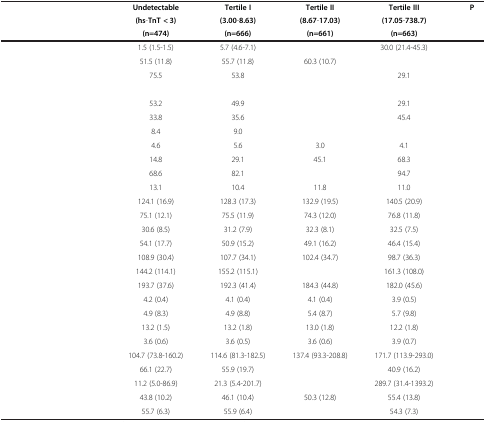
<table><thead><tr><td>[EMPTY_CELL]</td><td><b>Undetectable</b></td><td><b>Tertile I</b></td><td><b>Tertile II</b></td><td><b>Tertile III</b></td><td><b>P</b></td></tr><tr><td>[EMPTY_CELL]</td><td><b>(hs-TnT &lt; 3)</b></td><td><b>(3.00-8.63)</b></td><td><b>(8.67-17.03)</b></td><td><b>(17.05-738.7)</b></td><td>[EMPTY_CELL]</td></tr><tr><td>[EMPTY_CELL]</td><td><b>(n=474)</b></td><td><b>(n=666)</b></td><td><b>(n=661)</b></td><td><b>(n=663)</b></td><td>[EMPTY_CELL]</td></tr></thead><tbody><tr><td>[EMPTY_CELL]</td><td>1.5 (1.5-1.5)</td><td>5.7 (4.6-7.1)</td><td>[EMPTY_CELL]</td><td>30.0 (21.4-45.3)</td><td>[EMPTY_CELL]</td></tr><tr><td>[EMPTY_CELL]</td><td>51.5 (11.8)</td><td>55.7 (11.8)</td><td>60.3 (10.7)</td><td>[EMPTY_CELL]</td><td>[EMPTY_CELL]</td></tr><tr><td>[EMPTY_CELL]</td><td>75.5</td><td>53.8</td><td>[EMPTY_CELL]</td><td>29.1</td><td>[EMPTY_CELL]</td></tr><tr><td>[EMPTY_CELL]</td><td>[EMPTY_CELL]</td><td>[EMPTY_CELL]</td><td>[EMPTY_CELL]</td><td>[EMPTY_CELL]</td><td>[EMPTY_CELL]</td></tr><tr><td>[EMPTY_CELL]</td><td>53.2</td><td>49.9</td><td>[EMPTY_CELL]</td><td>29.1</td><td>[EMPTY_CELL]</td></tr><tr><td>[EMPTY_CELL]</td><td>33.8</td><td>35.6</td><td>[EMPTY_CELL]</td><td>45.4</td><td>[EMPTY_CELL]</td></tr><tr><td>[EMPTY_CELL]</td><td>8.4</td><td>9.0</td><td>[EMPTY_CELL]</td><td>[EMPTY_CELL]</td><td>[EMPTY_CELL]</td></tr><tr><td>[EMPTY_CELL]</td><td>4.6</td><td>5.6</td><td>3.0</td><td>4.1</td><td>[EMPTY_CELL]</td></tr><tr><td>[EMPTY_CELL]</td><td>14.8</td><td>29.1</td><td>45.1</td><td>68.3</td><td>[EMPTY_CELL]</td></tr><tr><td>[EMPTY_CELL]</td><td>68.6</td><td>82.1</td><td>[EMPTY_CELL]</td><td>94.7</td><td>[EMPTY_CELL]</td></tr><tr><td>[EMPTY_CELL]</td><td>13.1</td><td>10.4</td><td>11.8</td><td>11.0</td><td>[EMPTY_CELL]</td></tr><tr><td>[EMPTY_CELL]</td><td>124.1 (16.9)</td><td>128.3 (17.3)</td><td>132.9 (19.5)</td><td>140.5 (20.9)</td><td>[EMPTY_CELL]</td></tr><tr><td>[EMPTY_CELL]</td><td>75.1 (12.1)</td><td>75.5 (11.9)</td><td>74.3 (12.0)</td><td>76.8 (11.8)</td><td>[EMPTY_CELL]</td></tr><tr><td>[EMPTY_CELL]</td><td>30.6 (8.5)</td><td>31.2 (7.9)</td><td>32.3 (8.1)</td><td>32.5 (7.5)</td><td>[EMPTY_CELL]</td></tr><tr><td>[EMPTY_CELL]</td><td>54.1 (17.7)</td><td>50.9 (15.2)</td><td>49.1 (16.2)</td><td>46.4 (15.4)</td><td>[EMPTY_CELL]</td></tr><tr><td>[EMPTY_CELL]</td><td>108.9 (30.4)</td><td>107.7 (34.1)</td><td>102.4 (34.7)</td><td>98.7 (36.3)</td><td>[EMPTY_CELL]</td></tr><tr><td>[EMPTY_CELL]</td><td>144.2 (114.1)</td><td>155.2 (115.1)</td><td>[EMPTY_CELL]</td><td>161.3 (108.0)</td><td>[EMPTY_CELL]</td></tr><tr><td>[EMPTY_CELL]</td><td>193.7 (37.6)</td><td>192.3 (41.4)</td><td>184.3 (44.8)</td><td>182.0 (45.6)</td><td>[EMPTY_CELL]</td></tr><tr><td>[EMPTY_CELL]</td><td>4.2 (0.4)</td><td>4.1 (0.4)</td><td>4.1 (0.4)</td><td>3.9 (0.5)</td><td>[EMPTY_CELL]</td></tr><tr><td>[EMPTY_CELL]</td><td>4.9 (8.3)</td><td>4.9 (8.8)</td><td>5.4 (8.7)</td><td>5.7 (9.8)</td><td>[EMPTY_CELL]</td></tr><tr><td>[EMPTY_CELL]</td><td>13.2 (1.5)</td><td>13.2 (1.8)</td><td>13.0 (1.8)</td><td>12.2 (1.8)</td><td>[EMPTY_CELL]</td></tr><tr><td>[EMPTY_CELL]</td><td>3.6 (0.6)</td><td>3.6 (0.5)</td><td>3.6 (0.6)</td><td>3.9 (0.7)</td><td>[EMPTY_CELL]</td></tr><tr><td>[EMPTY_CELL]</td><td>104.7 (73.8-160.2)</td><td>114.6 (81.3-182.5)</td><td>137.4 (93.3-208.8)</td><td>171.7 (113.9-293.0)</td><td>[EMPTY_CELL]</td></tr><tr><td>[EMPTY_CELL]</td><td>66.1 (22.7)</td><td>55.9 (19.7)</td><td>[EMPTY_CELL]</td><td>40.9 (16.2)</td><td>[EMPTY_CELL]</td></tr><tr><td>[EMPTY_CELL]</td><td>11.2 (5.0-86.9)</td><td>21.3 (5.4-201.7)</td><td>[EMPTY_CELL]</td><td>289.7 (31.4-1393.2)</td><td>[EMPTY_CELL]</td></tr><tr><td>[EMPTY_CELL]</td><td>43.8 (10.2)</td><td>46.1 (10.4)</td><td>50.3 (12.8)</td><td>55.4 (13.8)</td><td>[EMPTY_CELL]</td></tr><tr><td>[EMPTY_CELL]</td><td>55.7 (6.3)</td><td>55.9 (6.4)</td><td>[EMPTY_CELL]</td><td>54.3 (7.3)</td><td>[EMPTY_CELL]</td></tr></tbody></table>